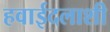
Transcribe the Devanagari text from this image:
हवाईदलाशी